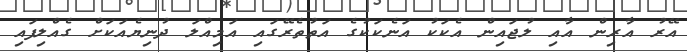
އޭރު އާރިން އާއި ލުޖައިން އެކަކު އަނެކަކުގެ އަތުތެރޭގައި އަމިއްލަ ދުނިޔެއަކަށް ގެއްލިފައި